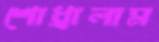
শোধ্‌রালাম